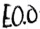
Text: E0.0